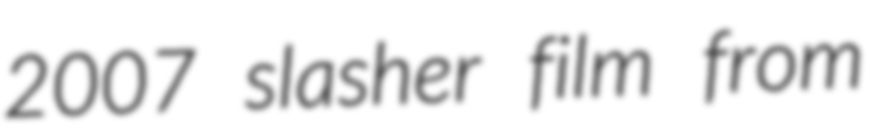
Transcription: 2007 slasher film from